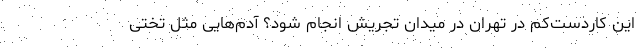
این کاردست‌کم در تهران در میدان تجریش انجام شود؟ آدم‌هایی مثل تختی